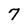
Character: 7